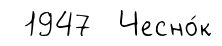
1947 Чесно́к